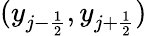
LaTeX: (y_{j-\frac{1}{2}},y_{j+\frac{1}{2}})